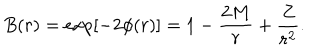
B ( r ) = \exp [ - 2 \phi ( r ) ] = 1 - { \frac { 2 M } { r } } + { \frac { Z } { r ^ { 2 } } } .